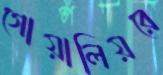
গোয়ালিয়রে